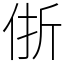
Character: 㑜